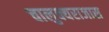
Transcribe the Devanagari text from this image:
चालुक्यराजास